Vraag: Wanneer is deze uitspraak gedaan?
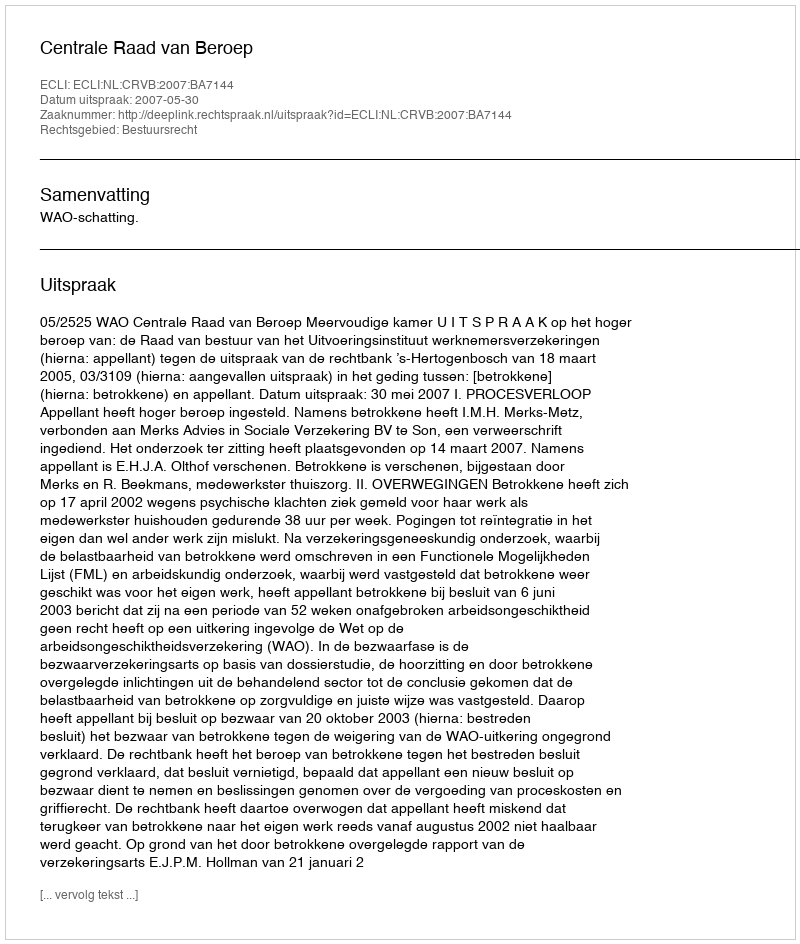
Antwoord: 2007-05-30